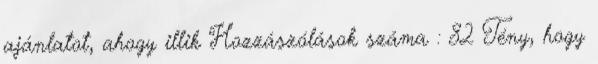
ajánlatot, ahogy illik Hozzászólások száma : 82 Tény, hogy